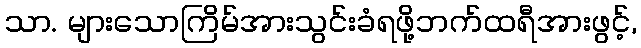
သာ. များသောကြိမ်အားသွင်းခံရဖို့ဘက်ထရီအားဖွင့်,